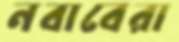
নবাবেরা